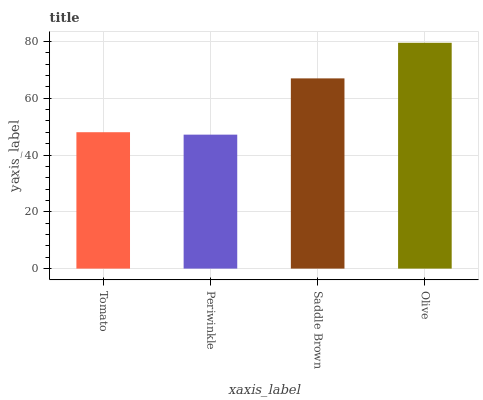
| xaxis_label | bars |
 | --- | --- |
 | Tomato | 48 |
 | Periwinkle | 47.2 |
 | Saddle Brown | 67 |
 | Olive | 79.5 |